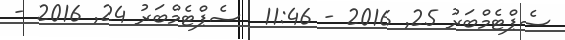
ސެޕްޓެމްބަރު 25